Vaccination in Bombay 1869-1873 - 1869-1873
Year: 1869
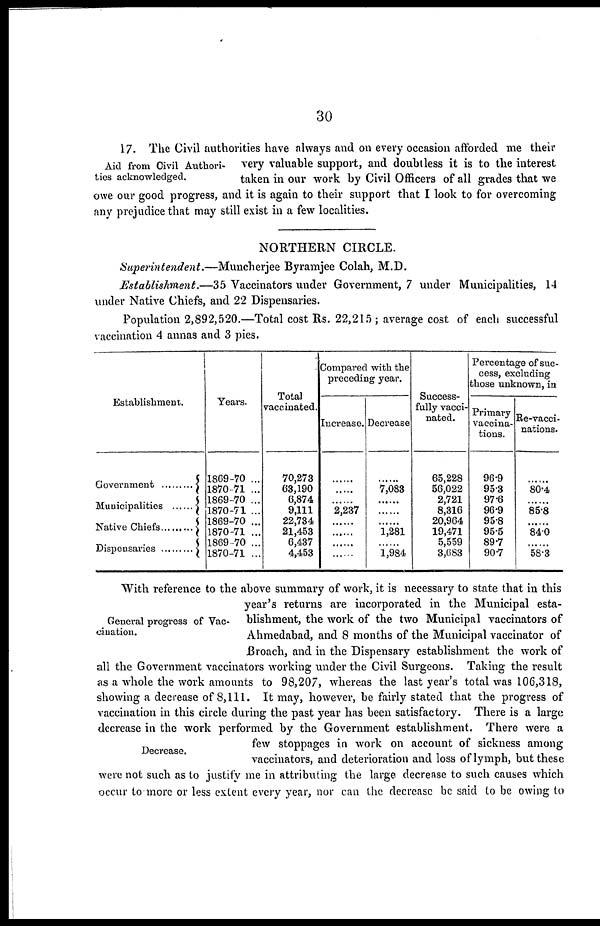
30
Aid from Civil Authori-
ties acknowledged.
17. The Civil authorities have always and on every occasion afforded me their
very valuable support, and doubtless it is to the interest
taken in our work by Civil Officers of all grades that we
owe our good progress, and it is again to their support that I look to for overcoming
any prejudice that may still exist in a few localities.
NORTHERN CIRCLE.
Superintendent.—Muncherjee Byramjee Colah, M.D.
Establishment.—35 Vaccinators under Government, 7 under Municipalities, 14
under Native Chiefs, and 22 Dispensaries.
Population 2,892,520.—Total cost Rs. 22,215 ; average cost of each successful
vaccination 4 annas and 3 pies.
Establishment.
Years.
1869-70 ...
1870-71 ...
1869-70 ...
1870-71 ...
1869-70 ...
1870-71 ...
1869-70 ...
1870-71 ...
Total
vaccinated.
70,273
63,190
6,874
9,111
22,734
21,453
6,437
4,453
Compared with the
preceding year.
Increase.
2,237
Decrease
7,083
1,281
1,984
Success-
fully vacci-
nated.
65,228
56,022
2,721
8,316
20,964
19,471
5,559
3,G83
Percentage of suc-
cess, excluding
those unknown, in
Primary
vaccina-
tions.
96.9
953
97.6
96.9
95.8
95.5
89.7
90.7
Re-vacci-
nations.
80.4
85.8
840
58.3
General progress of Vac-
cination.
Decrease.
With reference to the above summary of work, it is necessary to state that in this
year's returns are incorporated in the Municipal esta-
blishment, the work of the two Municipal vaccinators of
Ahmedabad, and 8 months of the Municipal vaccinator of
Broach, and in the Dispensary establishment the work of
all the Government vaccinators working under the Civil Surgeons. Taking the result
as a whole the work amounts to 98,207, whereas the last year's total was 106,318,
showing a decrease of 8,111. It may, however, be fairly stated that the progress of
vaccination in this circle during the past year has been satisfactory. There is a large
decrease in the work performed by the Government establishment. There were a
few stoppages in work on account of sickness among
vaccinators, and deterioration and loss of lymph, but these
were not such as to justify me in attributing the large decrease to such causes which
occur to more or less extent every year, nor can the decrease be said to be owing to